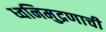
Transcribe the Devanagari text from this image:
ध्वनिमुद्रणाची